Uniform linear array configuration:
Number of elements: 4
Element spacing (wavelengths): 1
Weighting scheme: uniform
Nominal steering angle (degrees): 30
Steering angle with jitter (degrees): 31.102
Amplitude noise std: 0.05
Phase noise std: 0.05

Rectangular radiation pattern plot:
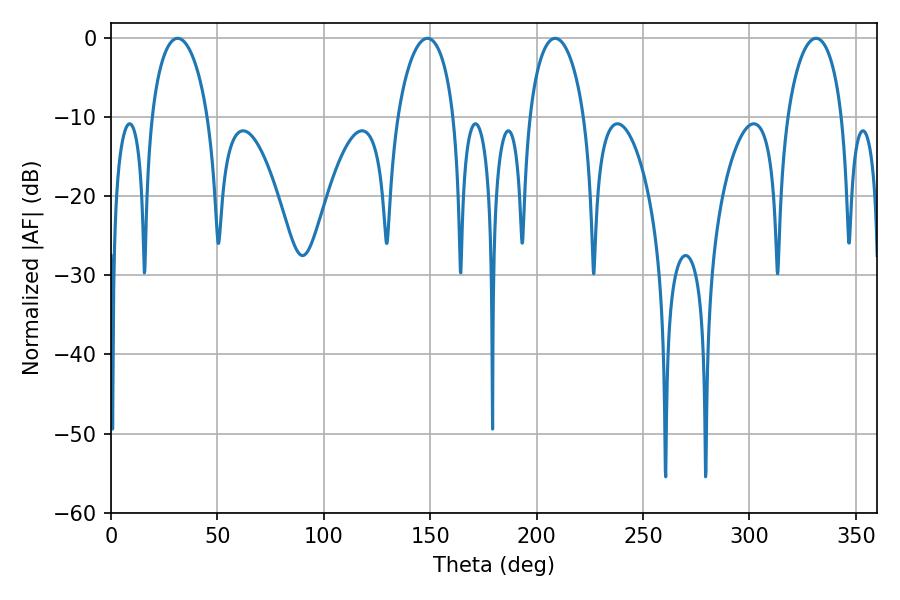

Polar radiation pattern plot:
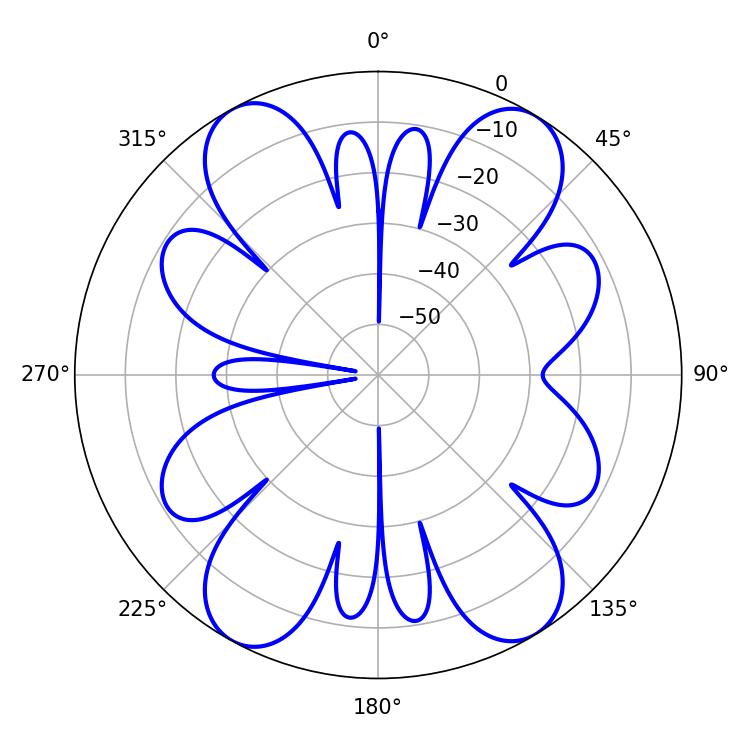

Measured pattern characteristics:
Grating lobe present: TRUE
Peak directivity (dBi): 18.285
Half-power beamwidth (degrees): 15.12
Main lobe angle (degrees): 31.32